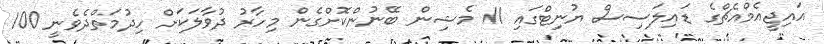
އައިޖީއެމްއެޗްގެ ޑައިލަސިސް ޔުނިޓްގައި 11 މެޝިން ބޭނުންކޮށްގެން މިހާރު ދުވާލަކަށް ހިދުމަތްދެވެނީ 100